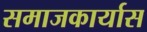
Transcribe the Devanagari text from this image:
समाजकार्यास